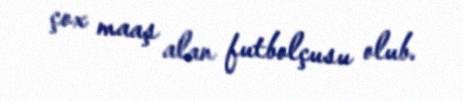
çox maaş alan futbolçusu olub.